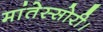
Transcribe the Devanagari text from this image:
मांतेस्सोरी।